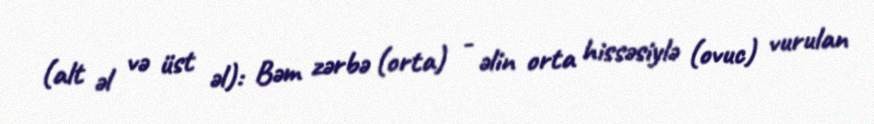
(alt əl və üst əl): Bəm zərbə (orta) - əlin orta hissəsiylə (ovuc) vurulan